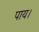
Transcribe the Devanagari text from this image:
पाय।